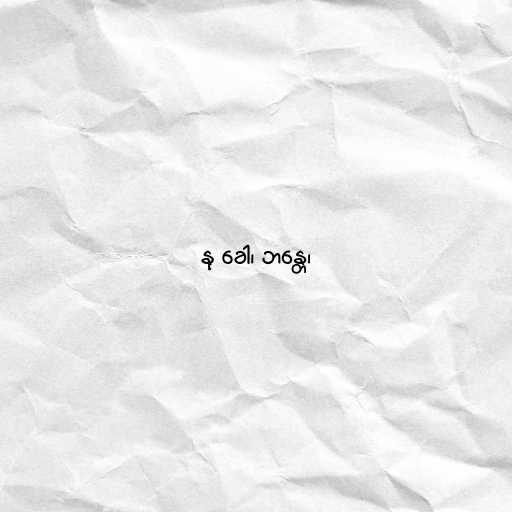
နု ခေါ၊ ဘန္တေ၊